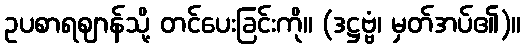
ဥပစာရဈာန်သို့ တင်ပေးခြင်းကို။ (ဒဋ္ဌဗ္ဗံ၊ မှတ်အပ်၏)။